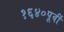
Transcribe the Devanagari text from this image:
१६४०पूर्वी